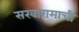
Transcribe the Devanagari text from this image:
सखारामाची